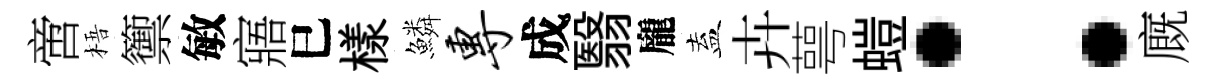
啻梧籞敏寤巳樣鱗专成翳龐盍卉萼螘：廐